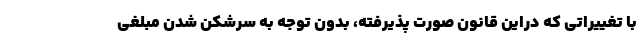
با تغییراتی که دراین قانون صورت پذیرفته، بدون توجه به سرشکن شدن مبلغی